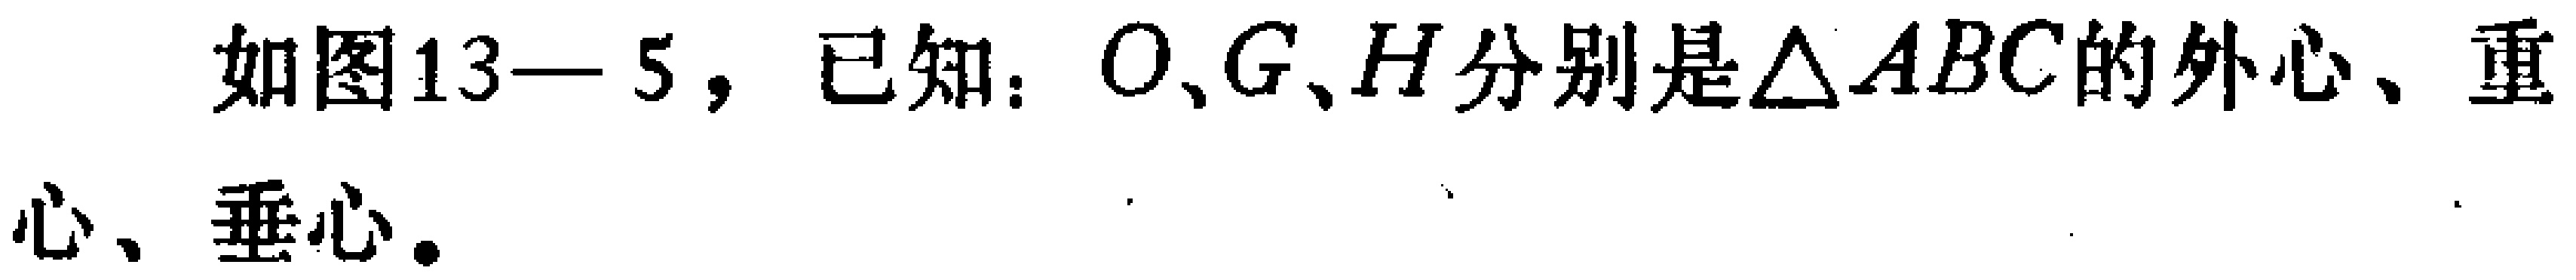
如图13—5，已知：\(O\)、\(G\)、\(H\)分别是\(\triangle ABC\)的外心、重心、垂心。